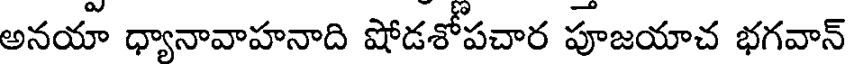
అనయా ధ్యానావాహనాది షోడశోపచార పూజయాచ భగవాన్